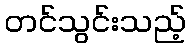
တင်သွင်းသည့်